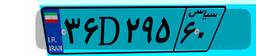
۳۶D۲۹۵۶۰